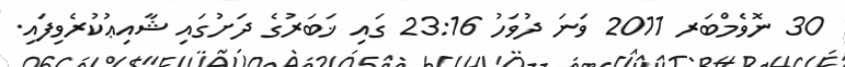
30 ނޮވެމްބަރ 2011 ވަނަ ދުވަހު 23:16 ގައި ޚަބަރުގެ ދަށުގައި ޝާއިޢުކުރެވިފައި.